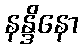
နန္ဒိနော